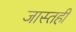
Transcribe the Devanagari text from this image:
जास्तही